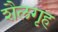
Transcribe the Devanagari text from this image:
शैलगृह